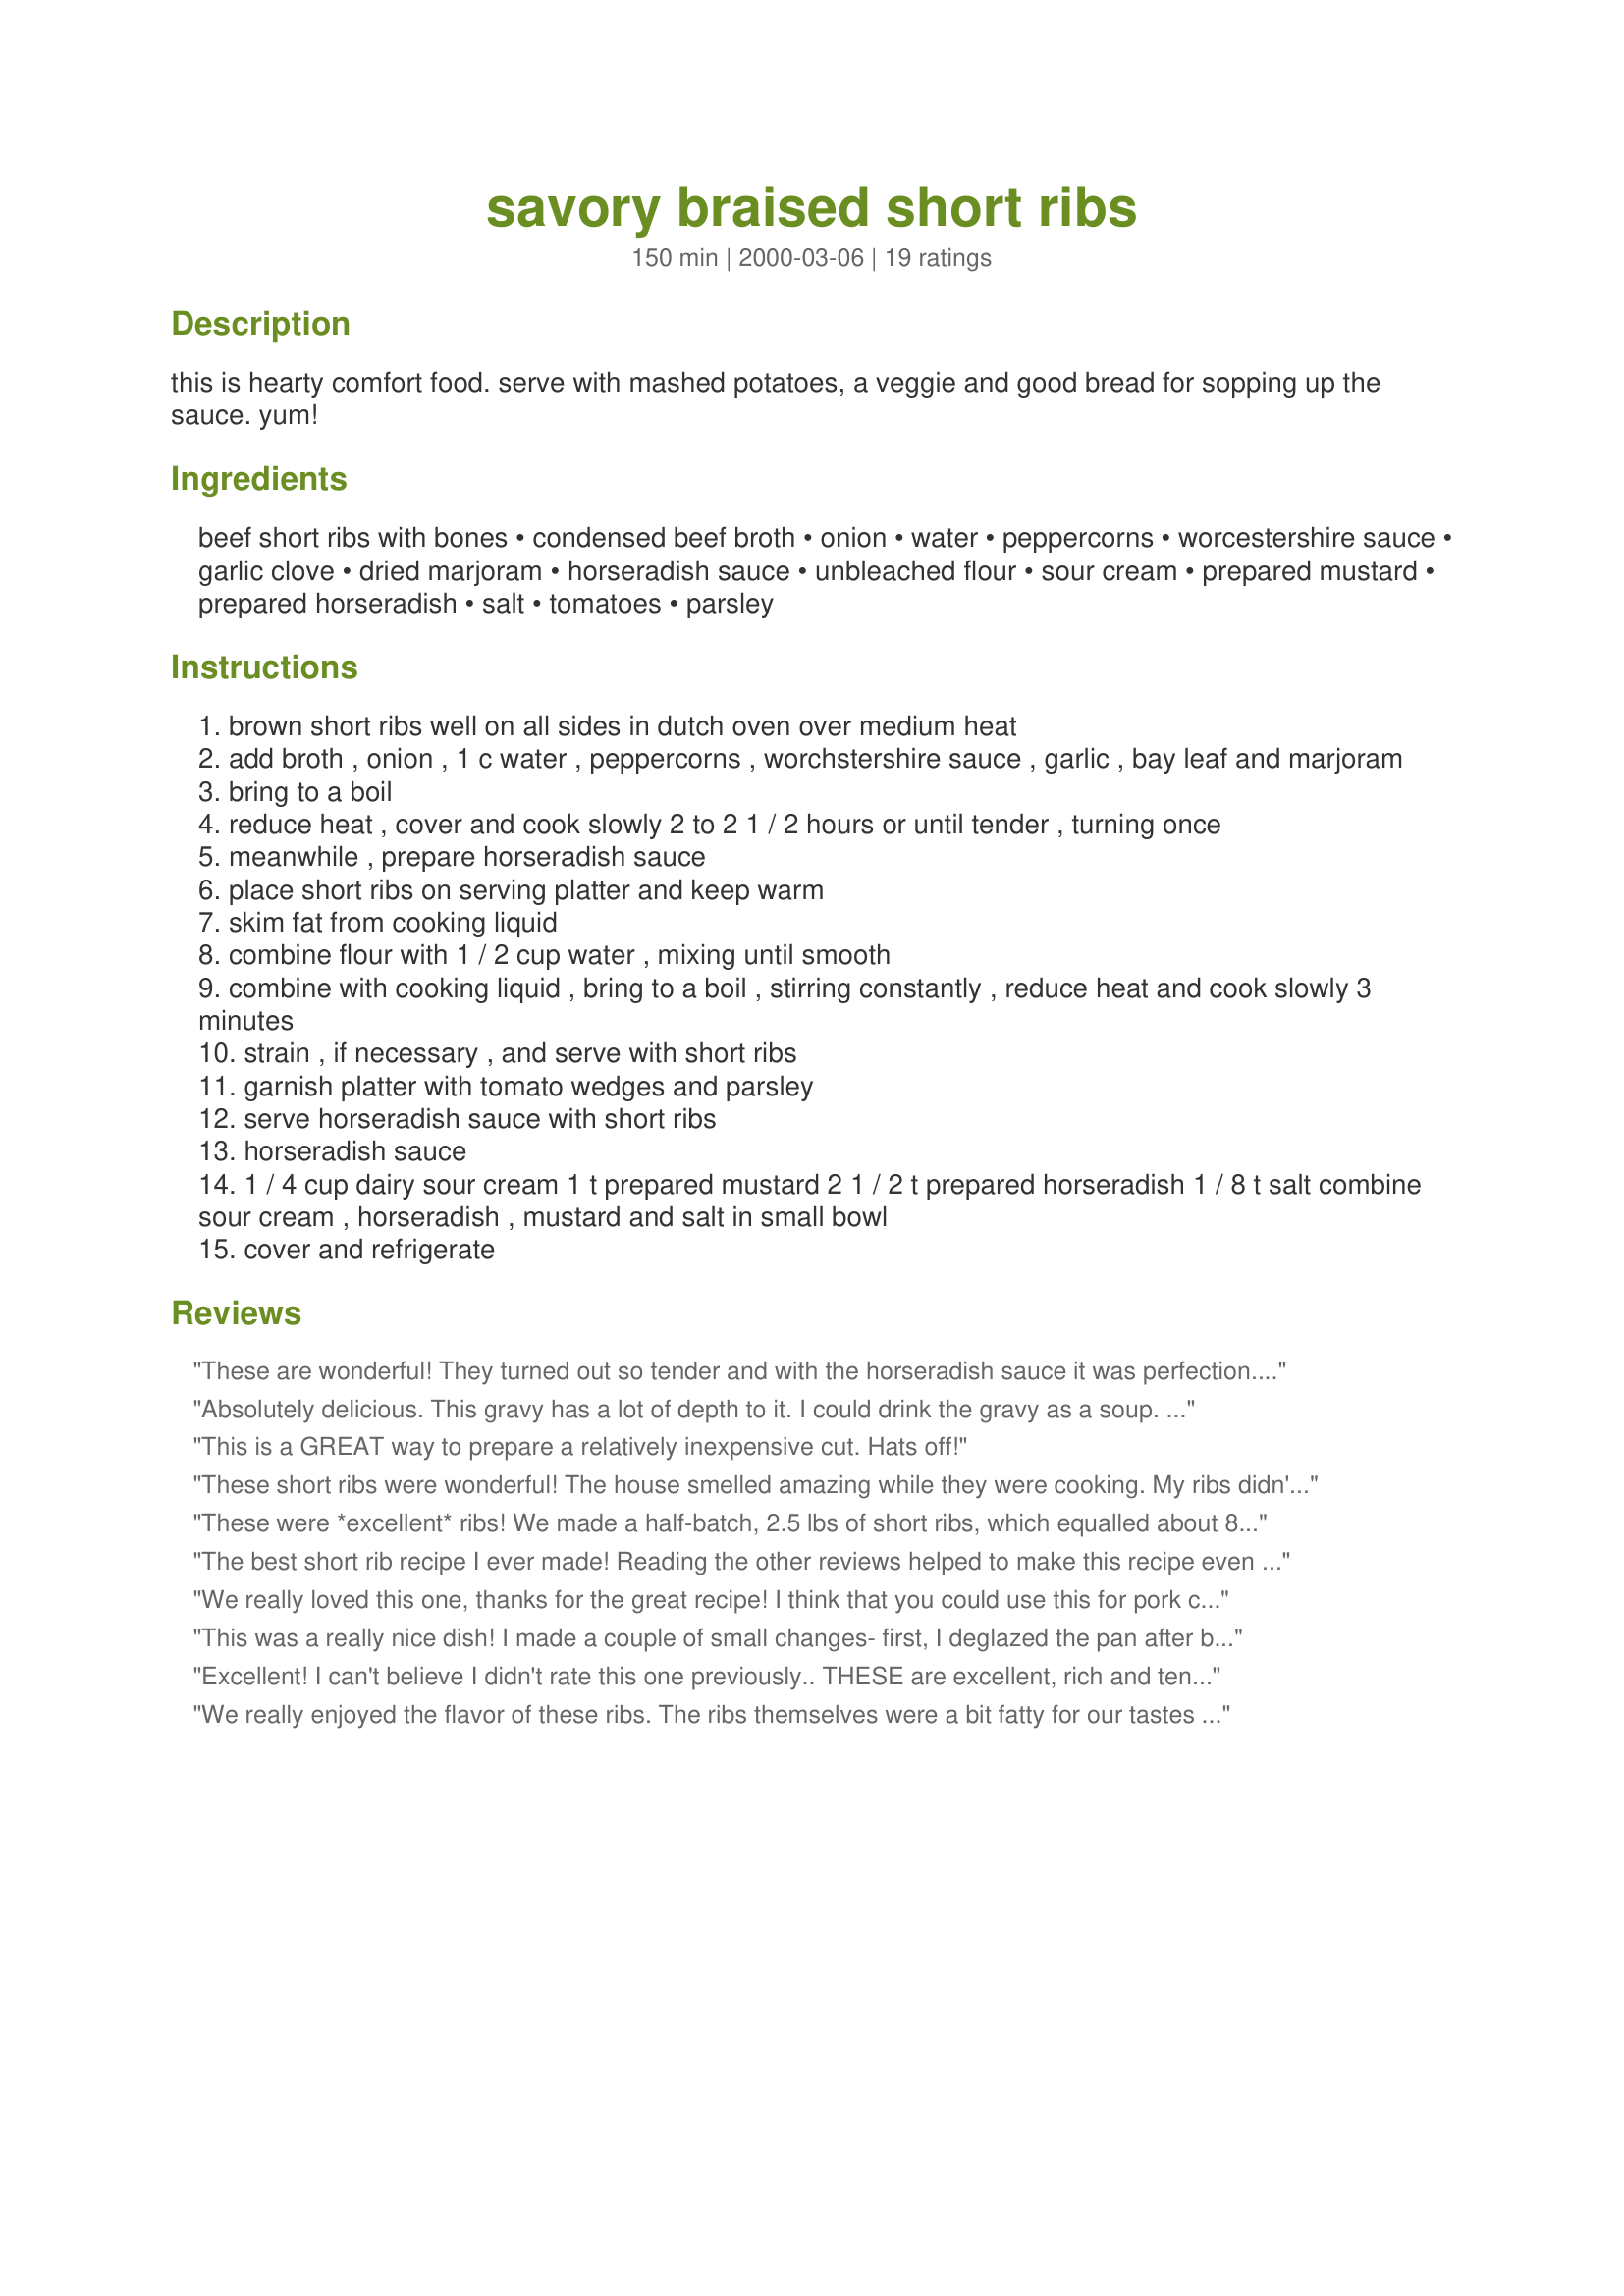
savory braised short ribs
Preparation time: 150 minutes

this is hearty comfort food. serve with mashed potatoes, a veggie and good bread for sopping up the sauce. yum!

Ingredients:
beef short ribs with bones, condensed beef broth, onion, water, peppercorns, worcestershire sauce, garlic clove, dried marjoram, horseradish sauce, unbleached flour, sour cream, prepared mustard, prepared horseradish, salt, tomatoes, parsley

Steps:
brown short ribs well on all sides in dutch oven over medium heat
add broth , onion , 1 c water , peppercorns , worchstershire sauce , garlic , bay leaf and marjoram
bring to a boil
reduce heat , cover and cook slowly 2 to 2 1 / 2 hours or until tender , turning once
meanwhile , prepare horseradish sauce
place short ribs on serving platter and keep warm
skim fat from cooking liquid
combine flour with 1 / 2 cup water , mixing until smooth
combine with cooking liquid , bring to a boil , stirring constantly , reduce heat and cook slowly 3 minutes
strain , if necessary , and serve with short ribs
garnish platter with tomato wedges and parsley
serve horseradish sauce with short ribs
horseradish sauce
1 / 4 cup dairy sour cream 1 t prepared mustard 2 1 / 2 t prepared horseradish 1 / 8 t salt combine sour cream , horseradish , mustard and salt in small bowl
cover and refrigerate

Reviews:
These are wonderful! They turned out so tender and with the horseradish sauce it was perfection. I made them yesterday so I could take off the fat that solidified on top...and then made the gravy. Thank you for sharing.
Absolutely delicious. This gravy has a lot of depth to it. I could drink the gravy as a soup. To reduce the fat quite a bit I trimmed excess fat from the ribs, removed the ribs from the broth after cooking and chilled until the next day and I strained the broth and chilled it until the next day. I was able to remove a very large slab of beef fat from the top of the broth. I then thickened the broth slightly and added the ribs and baked at 350 for 30 minutes in a dutch oven. Decadent!
This is a GREAT way to prepare a relatively inexpensive cut. Hats off!
These short ribs were wonderful! The house smelled amazing while they were cooking. My ribs didn't take quite as long; so it was good to keep an eye on them. I used chicken broth, which was great, though I'll have to try it with beef broth next time around. I used a cornstarch/water slurry at the end instead of the flour to thicken up the sauce. I didn't make the horseradish sauce either; there was already plenty of the wonderful sauce from the meat. Thanks for a great recipe!
These were *excellent* ribs! We made a half-batch, 2.5 lbs of short ribs, which equalled about 8 of them. They came out rich and tender - so rich that Steingrim was full after only 3 1/2 meaty ribs. We served them with those wonderful balsamic shallot potatoes I keep fixing... a nice combination! :) You've got yourself a great recipe here, Julie!
The best short rib recipe I ever made! Reading the other reviews helped to make this recipe even more special. I took the advice in another recipe and broiled the ribs first. This really helped getting rid of a lot of fat. Will definitely use this again.
We really loved this one, thanks for the great recipe! I think that you could use this for pork chops and other cuts of meat too. Thanks again!
This was a really nice dish! I made a couple of small changes- first, I deglazed the pan after browning the meat with a small amount of red wine. Second, I doubled the marjoram. This turned out very well, the sauce was so good I could have just eaten it with a spoon! The meat was very tender and juicy, just the thing for a hearty dinner. I served over noodles this time, but it would also be wonderful over mashed potatoes or risotto. The horseradish sauce was a perfect complement; the flavors of mustard and horseradish cut the richness of the meat sauce.
Excellent! I can't believe I didn't rate this one previously.. THESE are excellent, rich and tender. I prefer the savory blend in this recipe over ones that lend themselves to bbq-ish... Thanks!!
We really enjoyed the flavor of these ribs. The ribs themselves were a bit fatty for our tastes (no fault of the recipe)). Loved the horseradish sauce with this - we didn't use much of the gravy, but if I had served mashed potatoes/rice with the ribs it would have been good over them! Will repeat with leaner ribs!
These just fell right off of the bone. So very tasty. Will make these again soon. Thanks for posting
This is amazing!!! The horseradish sauce was so good with the ribs. I don&#039;t have a dutch oven. So I just used a large pot to cook the ribs on the stove. For the gravy, I added some red wine and mushroom and simmered it for 30 minutes. Absolutely delicious! Will make again.
WoW!!!! WoW!!! WoW!!!! GREAT recipe! I used beef ribs and I have always been bad at making ribs...NOT ANY MORE!!!! Thank you a ton for this recipe. It will become a staple in my house....look out animals...I&#039;m coming for your ribs!
Deelish. After browning short ribs in on the stovetop, transfered short ribs and ingredients to my Staub enamaled cast iron covered baker. Baked on 300 degrees for 4 hours. Fell off the bone. The pan drippings make a wonderful gravy. Didn't even need the horseradish sauce to enjoy this dish.
I am not a fan of short ribs but this recipe has me changing my tune! My husband loves short ribs. I usually find the charred fat, chewy meat, excessive grease and teeth cleaning after to not be worth the effort at the grill. The short ribs prepared with this recipe were very tender, did not taste like boiled meat and very flavorful. I used vegetable broth and they tasted great but will try with beef broth soon! 
I am going to give this recipe to my mom but then we might not get as many short ribs sent our way.
My favorite part of this recipe was the gravy. Oh my! It was absolutely to die for. I suppose I'm a bigger fan of BBQ short ribs, but this was an excellent recipe nonetheless. I will try again with a different cut of meat. Thanks for giving us something different to try.
DH loved these short ribs! They were moist, tender and had a great beefy flavor. I didn't make the horseradish sauce, but they were delish without (even better the next day). I didn't used the flour at the end either since my sauce was just the right consistency. Thanks for posting!
I have had flu and it's a cold drizzly day. I needed some comfort and this recipe fit the bill beautifully! There are just two of us so I halved the meat but increased the gravy. I made no changes other than to have it with regular horseradish to clear my sinuses :) Ok, I lied... I also added a few carrots during the last hour. Served with garlic mashed potaoes, carrots and some corn I had frozen from the summer. This one is a keeper!
Fixed this yesterday for DW and myself. It turned out wonderful. Easy to follow directions made for an easy meal. We had it with mashed potatoes, and some homemade french bread for sopping the gravy. A real keeper, thanks for posting.
